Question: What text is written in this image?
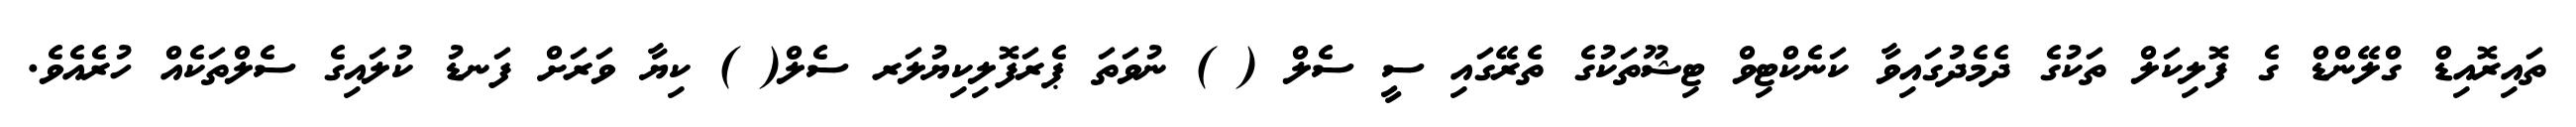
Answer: ތައިރޮއިޑް ގްލޭންޑް ގެ ފޮލިކަލް ތަކުގެ ދެމެދުގައިވާ ކަނެކްޓިވް ޓިޝޫތަކުގެ ތެރޭގައި ސީ ސެލް ( ) ނުވަތަ ޕެރަފޮލިކިޔުލަރ ސެލް( ) ކިޔާ ވަރަށް ފަނޑު ކުލައިގެ ސެލްތަކެއް ހުރެއެވެ.